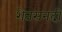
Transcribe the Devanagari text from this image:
शेतसनदी